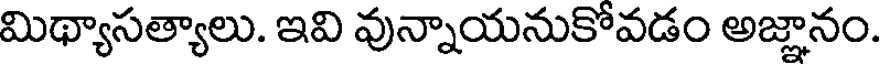
మిథ్యాసత్యాలు. ఇవి వున్నాయనుకోవడం అజ్ఞానం.